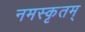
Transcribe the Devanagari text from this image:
नमस्कृतम्